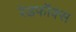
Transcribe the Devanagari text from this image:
रेडफॉक्स